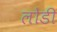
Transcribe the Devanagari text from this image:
लोडी